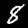
Digit: 8